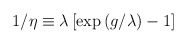
\begin{align*}1/\eta \equiv \lambda \left[ \exp \left( g/\lambda \right) -1\right]\end{align*}